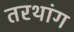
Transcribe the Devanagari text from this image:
तरथांग